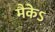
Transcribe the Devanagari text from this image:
मैकेऽ